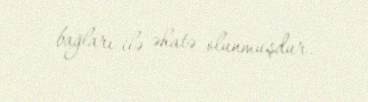
bağları ilə əhatə olunmuşdur.